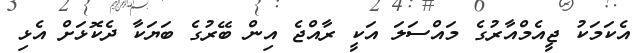
އެކަމަކު ޖީއެމްއާރުގެ މައްސަލަ އަކީ ރާއްޖެ އިން ބޭރުގެ ބަޔަކާ ދެކޮޅަށް އެޅި